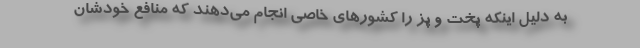
به دلیل اینکه پخت و پز را کشورهای خاصی انجام می‌دهند که منافع خودشان